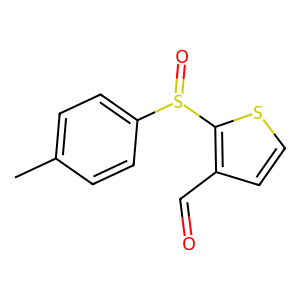
SMILES: Cc1ccc(S(=O)c2sccc2C=O)cc1
Inhibits HIV replication: No